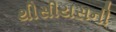
થીસીયસની